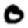
Digit: 0